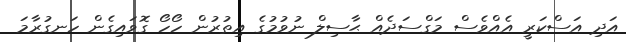
އަދި އަސްކަރީ އެއްވެސް މަގްސަދެއް ޙާސިލް ނުވުމުގެ އިތުރުން ހޯހޯ ގޮވައިގެން ހަނގުރާމަ